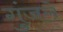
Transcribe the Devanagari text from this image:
गुंजले